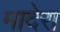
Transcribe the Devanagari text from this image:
मादेरा